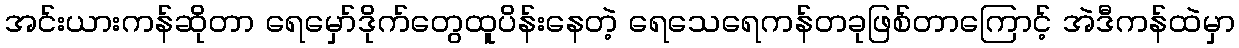
အင်းယားကန်ဆိုတာ ရေမှော်ဒိုက်တွေထူပိန်းနေတဲ့ ရေသေရေကန်တခုဖြစ်တာကြောင့် အဲဒီကန်ထဲမှာ